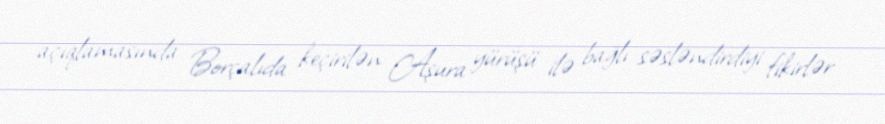
açıqlamasında Borçalıda keçirilən Aşura yürüşü ilə bağlı səsləndirdiyi fikirlər